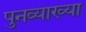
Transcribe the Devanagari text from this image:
पुनव्याख्या